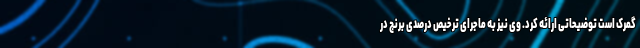
گمرک است توضیحاتی ارائه کرد. وی نیز به ماجرای ترخیص درصدی برنج در